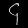
Digit: ၄